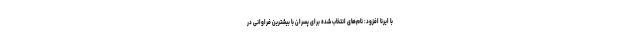
با ایرنا افزود: نام‌های انتخاب شده برای پسران با بیشترین فراوانی در